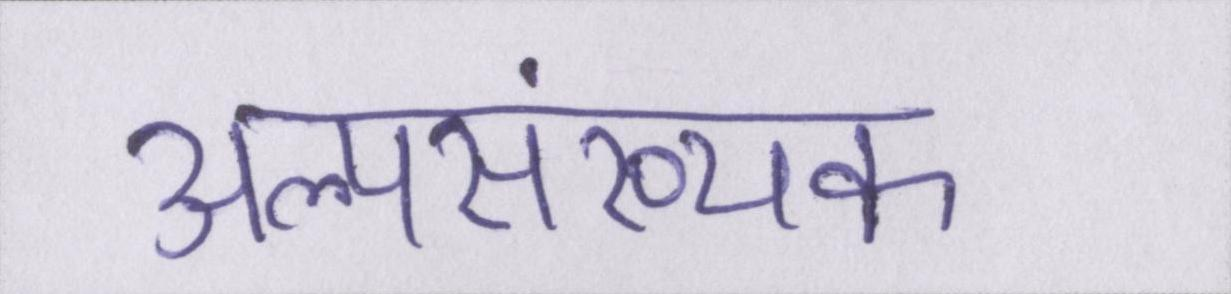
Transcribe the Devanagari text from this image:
अल्पसंख्यक